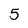
Character: 5